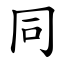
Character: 同